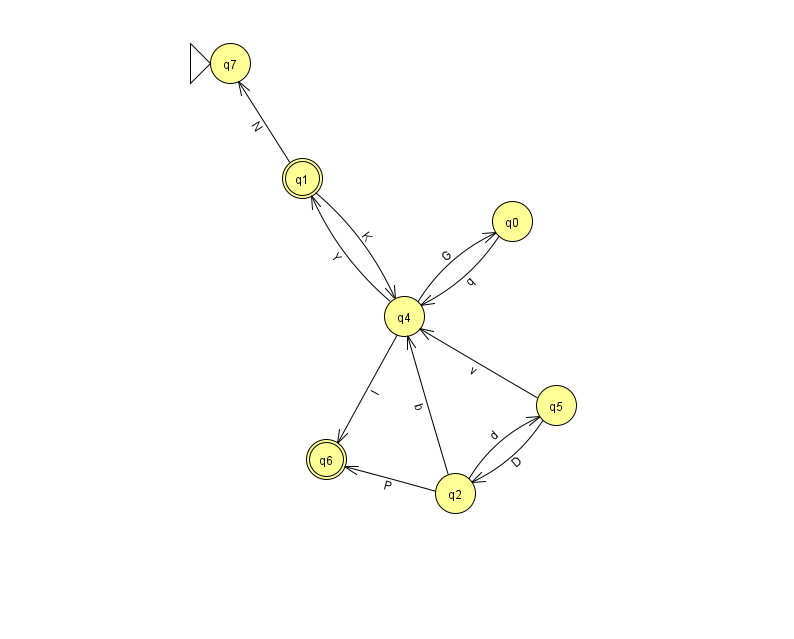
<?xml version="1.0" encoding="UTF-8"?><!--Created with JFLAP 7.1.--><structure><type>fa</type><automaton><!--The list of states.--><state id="0" name="q0"><x>512.0</x><y>208.0</y></state><state id="1" name="q1"><x>302.0</x><y>165.0</y><final/></state><state id="2" name="q2"><x>455.0</x><y>480.0</y></state><state id="4" name="q4"><x>404.0</x><y>303.0</y></state><state id="5" name="q5"><x>556.0</x><y>392.0</y></state><state id="6" name="q6"><x>326.0</x><y>446.0</y><final/></state><state id="7" name="q7"><x>230.0</x><y>50.0</y><initial/></state><!--The list of transitions.--><transition><from>1</from><to>7</to><read>N</read></transition><transition><from>5</from><to>4</to><read>v</read></transition><transition><from>4</from><to>6</to><read>l</read></transition><transition><from>2</from><to>6</to><read>P</read></transition><transition><from>4</from><to>0</to><read>G</read></transition><transition><from>4</from><to>1</to><read>Y</read></transition><transition><from>2</from><to>5</to><read>d</read></transition><transition><from>5</from><to>2</to><read>D</read></transition><transition><from>1</from><to>4</to><read>K</read></transition><transition><from>0</from><to>4</to><read>q</read></transition><transition><from>2</from><to>4</to><read>b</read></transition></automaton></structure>